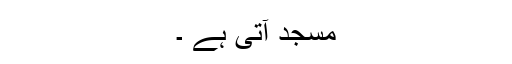
مسجد آتی ہے ۔